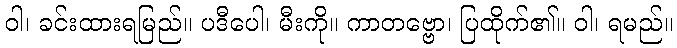
ဝါ၊ ခင်းထားရမြည်။ ပဒီပေါ၊ မီးကို။ ကာတဗ္ဗော၊ ပြထိုက်၏။ ဝါ၊ ရမည်။